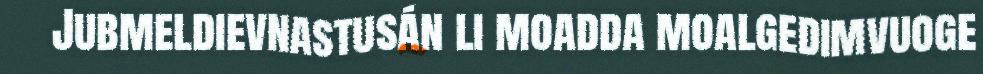
Jubmeldievnastusán li moadda moalgedimvuoge